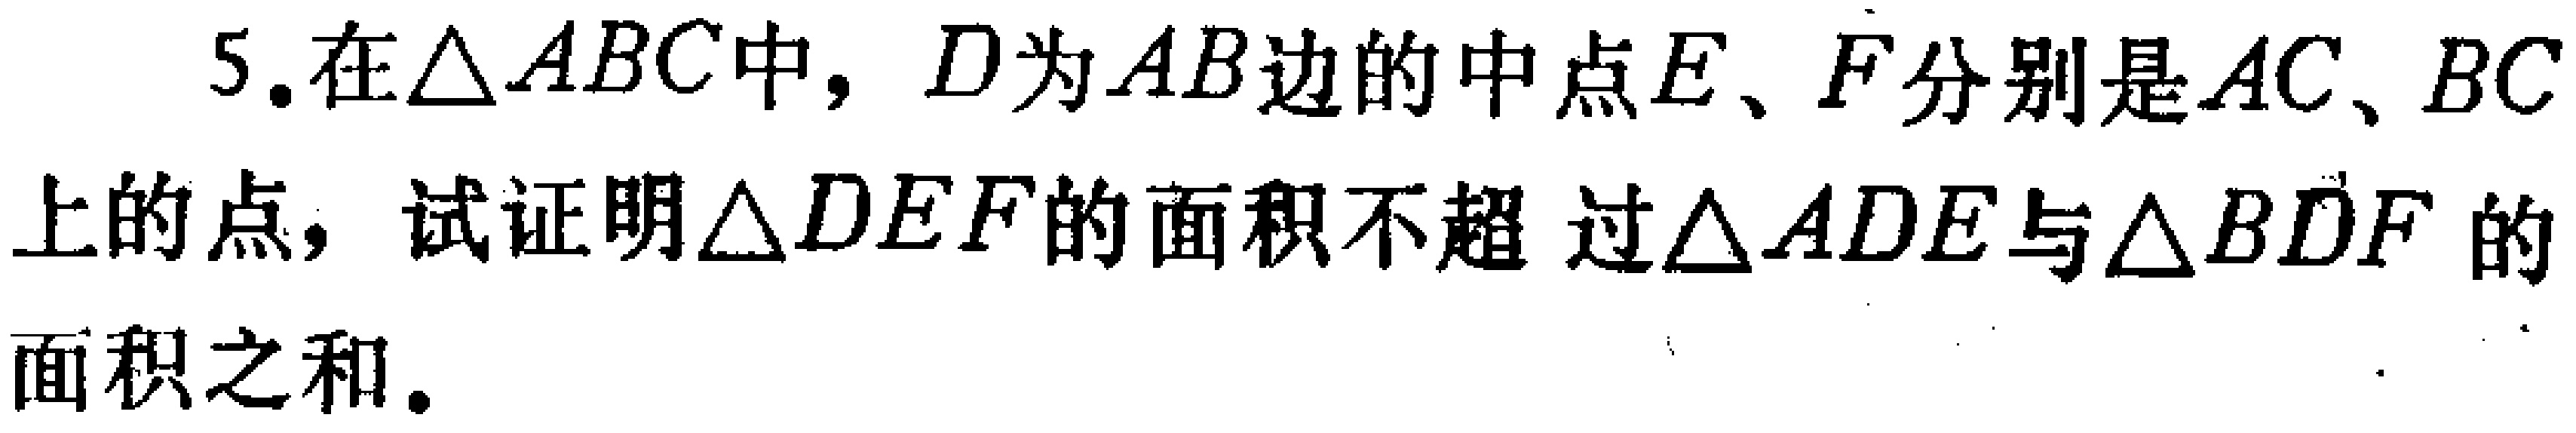
5.在$\triangle ABC$中，$D$为$AB$边的中点，$E$、$F$分别是$AC$、$BC$上的点，试证明$\triangle DEF$的面积不超过$\triangle ADE$与$\triangle BDF$的面积之和。